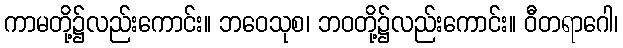
ကာမတို့၌လည်းကောင်း။ ဘဝေသုစ၊ ဘဝတို့၌လည်းကောင်း။ ဝီတရာဂေါ၊